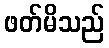
ဖတ်မိသည်